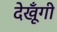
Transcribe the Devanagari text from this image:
देखूँगी